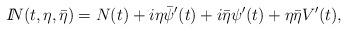
LaTeX: \begin{align*}{I\!\!N}(t, \eta, \bar\eta) = N(t) + i\eta\bar\psi^\prime(t) + i\bar\eta \psi^\prime(t) + \eta \bar\eta V^\prime(t), \end{align*}